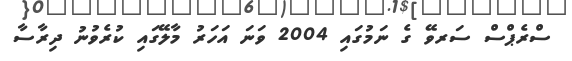
ސްރެޕްސް ސަރވޭ ގެ ނަމުގައި 2004 ވަނަ އަހަރު މާލޭގައި ކުރެވުނު ދިރާސާ